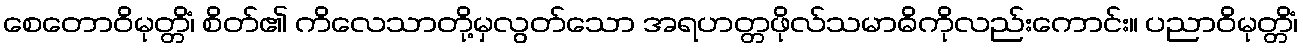
စေတောဝိမုတ္တိံ၊ စိတ်၏ ကိလေသာတို့မှလွတ်သော အရဟတ္တဖိုလ်သမာဓိကိုလည်းကောင်း။ ပညာဝိမုတ္တိံ၊